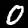
Digit: 0